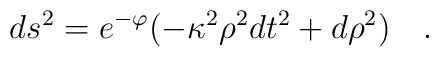
ds^2=e^{-\varphi}(-\kappa^2\rho^2dt^2+d\rho^2)~~~.